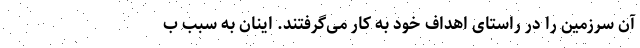
آن سرزمین را در راستای اهداف خود به کار می‌گرفتند. اینان به سبب ب